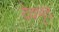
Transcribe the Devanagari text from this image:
देवभृद